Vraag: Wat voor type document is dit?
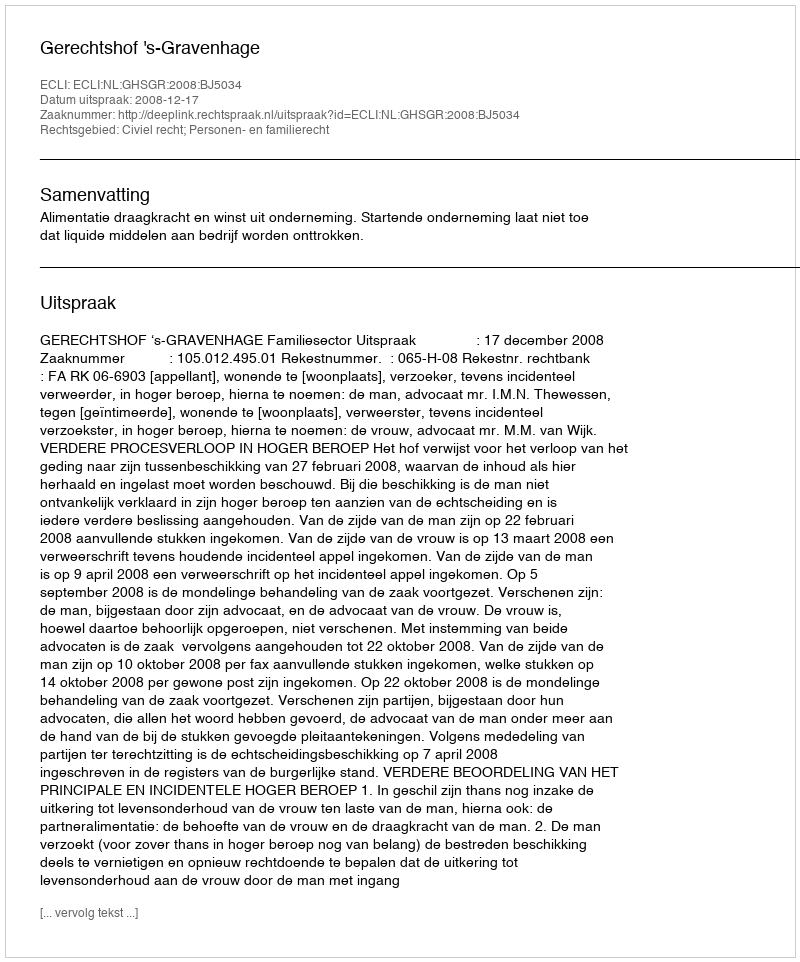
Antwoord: Uitspraak